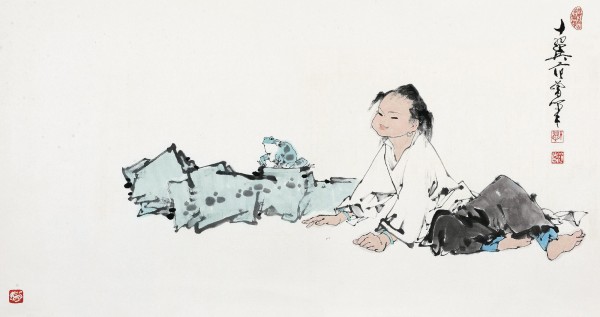
范增一去无谋主，韩信原来是逐臣。